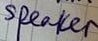
Text: speaker